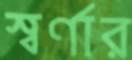
স্বর্ণার